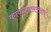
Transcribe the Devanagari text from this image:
कावळ्यासारखाच